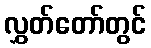
လွှတ်တော်တွင်